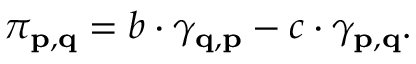
\pi _ { \mathbf { p } , \mathbf { q } } = b \cdot \gamma _ { \mathbf { q } , \mathbf { p } } - c \cdot \gamma _ { \mathbf { p } , \mathbf { q } } .